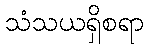
သံသယရှိစရာ